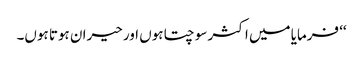
‘‘ فرمایا میں اکثر سوچتا ہوں اور حیران ہوتا ہوں۔